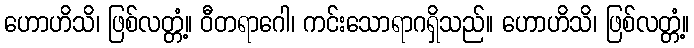
ဟောဟိသိ၊ ဖြစ်လတ္တံ့။ ဝီတရာဂေါ၊ ကင်းသောရာဂရှိသည်။ ဟောဟိသိ၊ ဖြစ်လတ္တံ့။